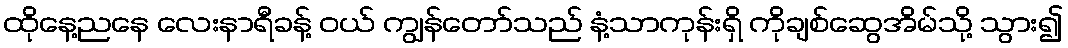
ထိုနေ့ညနေ လေးနာရီခန့် ဝယ် ကျွန်တော်သည် နံ့သာကုန်းရှိ ကိုချစ်ဆွေအိမ်သို့ သွား၍